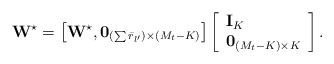
\begin{align*} {{\bf{W}}^{\star}} = \left[ {{{\bf{W}}^{\star}},{{\bf{0}}_{\left( {\sum {{{\bar r}_{l'}}} } \right) \times \left( {{M_t} - K} \right)}}} \right]\left[ \begin{array}{l} {{\bf{I}}_K}\\ {{\bf{0}}_{\left( {{M_t} - K} \right) \times K}} \end{array} \right]. \end{align*}